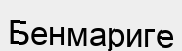
Бенмариге